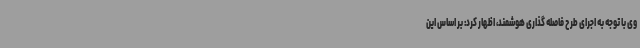
وی با توجه به اجرای طرح فاصله گذاری هوشمند، اظهار کرد: بر اساس این